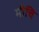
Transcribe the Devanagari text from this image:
मीचि